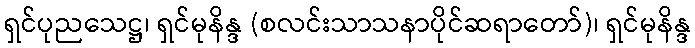
ရှင်ပုညသေဋ္ဌ၊ ရှင်မုနိန္ဒ (စလင်းသာသနာပိုင်ဆရာတော်)၊ ရှင်မုနိန္ဒ